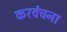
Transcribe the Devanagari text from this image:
करवंचना